Report on sanitation, dispensaries, and jails in Rajputana for 1910, and on vaccination for the year 1910-1911 - 1910-1911
Year: 1910
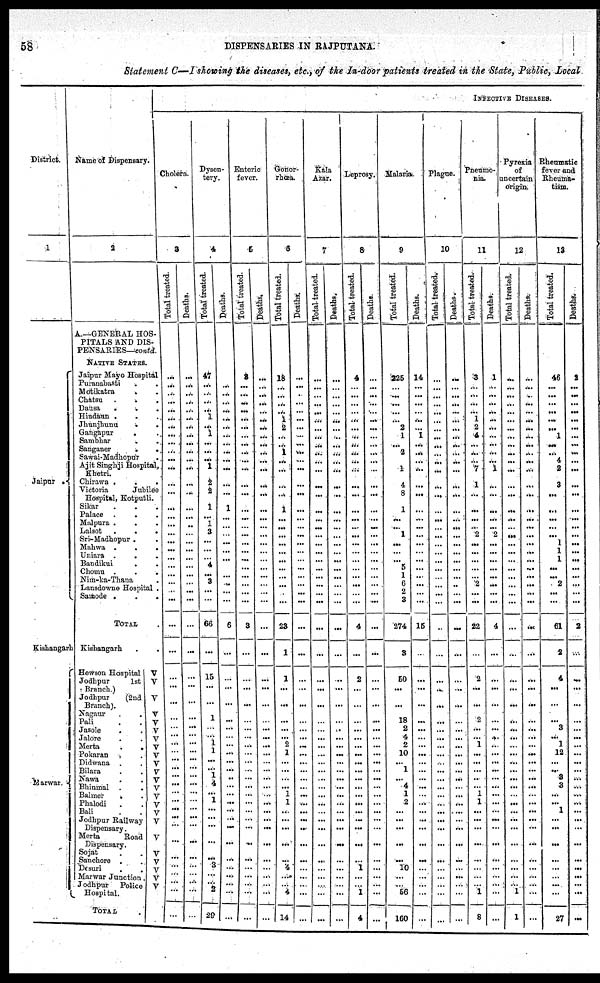
58
DISPENSARIES IN RAJPUTANA.
Statement C—I showing the diseases, etc., of the In-door patients treated in the State, Public, Local
District.
1
Jaipur
Kishangarh
Marwar.
Name
of
Dispensary.
2
A.—GENERAL HOS-
PITALS AND DIS-
PENSARIES—contd.
NATIVE STATES.
Jaipur Mayo Hospital
Puranabasti . .
Motikatra . .
Chatsu . . .
Dausa . . .
Hindaun . . .
Jhunjhunu
. .
Gangapur . .
Sambhar . .
Sanganer . .
Sawai-Madhopur .
Ajit Singhji Hospital,
Khetri .
Chirawa .
.
.
Victoria
Jubilee
Hospital, Kotputli.
Sikar . . .
Palace . . .
Malpura . . .
Lalsot
.
.
.
Sri-Madhopur . .
Mahwa . . .
Uniara . . .
Bandikui
. .
Chomu .
.
.
Nim-ka-Thana .
Lansdowne Hospital .
Samode .
.
.
TOTAL .
Kishangarh . .
Hewson Hospital
Jodhpur 1st
Branch.)
Jodhpur
(2nd
Branch).
Nagaur . .
Pali . .
Jasole . .
Jalore . .
Merta . .
Pokaran . .
Didwana . .
Bilara . .
Nawa . .
Bhinmal . .
Balmer . .
Phalodi . .
Bali . .
Jodhpur Railway
Dispensary.
Merta Road
Dispensary.
Sojat . .
Sanchore . .
Desuri . .
Marwar Junction .
Jodhpur Police
Hospital.
TOTAL
V
V
V
V
V
V
V
V
V V
V
V
V
V
V
V
V
V
V
V
V
V
V
INFECTIVE DISEASES.
Cholera.
3
Total treated.
...
...
...
...
...
...
...
...
...
...
...
...
...
...
...
...
...
...
...
...
...
...
...
...
...
...
...
...
...
...
...
...
...
...
...
...
...
...
...
...
...
...
...
...
...
...
...
...
...
...
...
...
Deaths.
...
...
...
...
...
...
...
...
...
...
...
...
...
...
...
...
...
...
...
...
...
...
...
...
...
...
...
...
...
...
...
...
...
...
...
...
...
...
...
...
...
...
...
...
...
...
...
...
...
...
...
...
Dysen-
tery.
4
Total treated.
47
...
...
...
...
1
...
...
...
...
...
1
2
2
1
... 1
3
...
...
...
4
...
3
...
...
66
...
15
...
...
1
...
...
1
1
...
...
1 4
...
1
...
...
...
...
...
3
...
...
2
20
Deaths.
...
...
...
...
...
...
...
...
...
...
...
...
...
...
1
...
...
...
...
...
...
...
...
...
...
...
6
...
...
...
...
...
...
...
...
...
...
...
...
...
...
...
...
...
...
...
...
...
...
...
...
...
Enteric
fever.
5
Total treated.
3
...
...
...
...
...
...
...
...
...
...
...
...
...
...
...
...
...
...
...
...
...
...
...
...
...
3
...
...
...
...
...
...
...
...
...
... ...
...
...
...
...
...
...
...
...
...
...
...
...
...
...
Deaths.
...
...
...
...
...
...
...
...
... ...
...
...
...
...
...
...
...
...
...
...
...
...
...
...
...
...
...
...
...
...
...
...
...
...
...
...
...
...
...
...
...
...
...
...
...
...
...
...
...
...
...
...
Gonor-
rhœa.
6
Total treated.
18
...
...
...
...
1
2
...
... 1
...
...
...
...
1
...
...
...
...
...
...
...
...
...
...
...
23
1
1
...
...
...
...
...
2
1
...
...
... ...
1
1
...
...
...
...
...
4
...
...
4
14
Deaths.
...
...
...
...
...
...
...
...
...
...
...
...
...
...
...
...
...
...
...
...
...
...
...
...
...
...
...
...
...
...
...
...
...
...
...
...
...
...
...
...
...
...
...
...
...
...
...
...
...
...
...
...
Kala
Azar.
7
Total treated.
...
...
...
...
...
...
...
...
...
...
...
...
...
...
...
...
...
...
...
...
...
...
...
...
...
...
...
...
...
...
...
...
...
...
...
...
... ...
... ...
...
...
...
...
...
...
...
...
...
...
...
...
Deaths.
...
...
...
...
...
...
...
...
...
...
...
...
...
...
...
...
...
...
...
...
...
...
...
...
...
...
...
...
...
...
...
...
...
...
...
...
...
...
...
...
...
...
...
...
...
...
...
...
...
...
...
...
Leprosy.
8
Total treated.
4
...
...
...
...
...
...
...
...
...
...
...
...
...
...
...
...
...
...
...
...
...
...
...
...
...
4
...
2
...
...
...
...
...
...
...
...
...
...
...
...
...
...
...
...
...
...
1
...
...
1
4
Deaths.
...
...
...
...
...
...
...
...
...
...
...
...
...
...
...
...
...
...
...
...
...
...
...
...
...
...
...
...
...
...
...
...
...
...
...
...
...
...
...
...
...
...
...
...
...
...
...
...
...
...
...
...
Malaria.
9
Total treated.
225
...
...
...
...
...
2
1
... 2
...
1
4
8
1
...
...
1
...
...
...
5
1
6
2
3
274
3
50
...
...
18
2
4
2
10
... 1
... 4
1
2
...
...
...
...
...
10
...
...
56
160
Deaths.
14
...
...
...
...
...
...
1
...
...
...
...
...
...
...
...
...
...
...
...
...
...
...
...
...
...
15
...
...
...
...
...
...
...
...
...
... ...
...
...
...
...
...
...
...
...
...
...
...
...
...
...
Plague.
10
Total treated.
...
...
...
...
...
...
...
...
...
...
...
...
...
...
...
...
...
...
...
...
...
...
...
...
...
...
...
...
...
...
...
...
...
...
...
...
... ...
... ...
...
...
...
...
...
...
...
...
...
...
...
...
Deaths.
...
...
...
...
...
...
...
...
...
...
...
...
...
...
...
...
...
...
...
...
...
...
...
...
...
...
...
...
...
...
...
...
...
...
...
...
...
...
...
...
...
...
...
...
...
...
...
...
...
...
...
...
Pneumo-
nia.
11
Total treated.
3
...
...
...
... 1
2
4
...
...
...
7
1
...
...
...
...
2
...
...
...
...
...
2
...
...
22
...
2
...
...
2
...
...
1
...
...
...
...
...
1
1
...
...
...
...
...
...
...
...
1
8
Deaths.
1
...
...
...
... ...
...
...
... ...
...
1
...
...
...
...
...
2
...
...
...
...
...
...
...
...
4
...
...
...
...
...
...
...
...
...
...
...
...
...
...
...
...
...
...
...
...
...
...
...
...
...
Pyrexis
of
uncertain
origin.
12
Total treated.
...
...
...
...
...
...
...
...
...
...
...
...
...
...
...
...
...
...
...
...
...
...
...
...
...
...
...
...
...
...
...
...
...
...
...
...
...
...
...
...
...
...
...
...
...
...
...
...
...
...
1
1
Deaths.
...
...
...
...
...
...
...
...
...
...
...
...
...
...
...
...
...
...
...
...
...
...
...
...
...
...
...
...
...
...
...
...
...
...
...
...
...
...
...
...
...
...
...
...
...
...
...
...
...
...
...
...
Rheumatic
fever and
Rheuma-
tism.
13
Total treated.
46
...
...
...
...
...
...
1
...
...
4
2
3
...
...
...
...
...
1
1
1
...
...
2
...
...
61
2
4
...
...
...
3
...
1
12
...
...
3
3
...
...
1
...
...
...
...
...
...
...
...
27
Deaths.
2
...
...
...
...
...
...
...
...
...
...
...
...
...
...
...
...
...
...
...
...
...
...
...
...
...
2
...
...
...
...
...
...
...
...
...
...
...
...
...
...
...
...
...
...
...
...
...
...
...
...
...